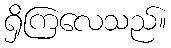
ရှိကြလေသည်။